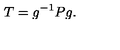
T = g ^ { - 1 } P g .